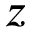
z